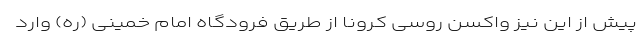
پیش از این نیز واکسن روسی کرونا از طریق فرودگاه امام خمینی (ره) وارد